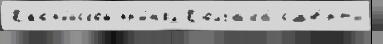
Касп'и́йской пр'и́н'ял Колчака́ см'е́рт'и